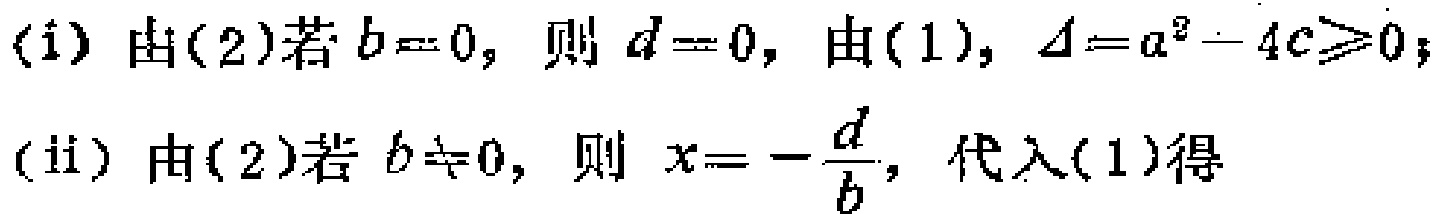
(i) 由(2)若\(b = 0\)，则\(d = 0\)，由(1)，\(\Delta=a^{2}-4c\geqslant0\)；
(ii) 由(2)若\(b\neq0\)，则\(x = -\frac{d}{b}\)，代入(1)得